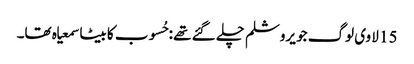
15 لا وی لوگ جو یروشلم چلے گئے تھے :حُسوب کا بیٹا سمعیاہ تھا۔